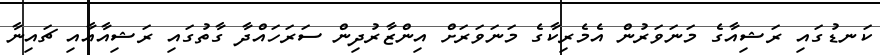
ކަނޑުގައި ރަޝިއާގެ މަނަވަރުން އެމެރިކާގެ މަނަވަރަށް އިންޒާރުދިން ސަރަހައްދާ ގާތުގައި ރަޝިއާއާއި ޗައިނާ